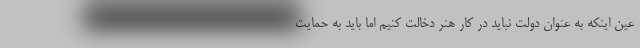
عین اینکه به عنوان دولت نباید در کار هنر دخالت کنیم اما باید به حمایت